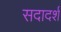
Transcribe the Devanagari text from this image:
सदादर्श